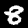
Label: 8